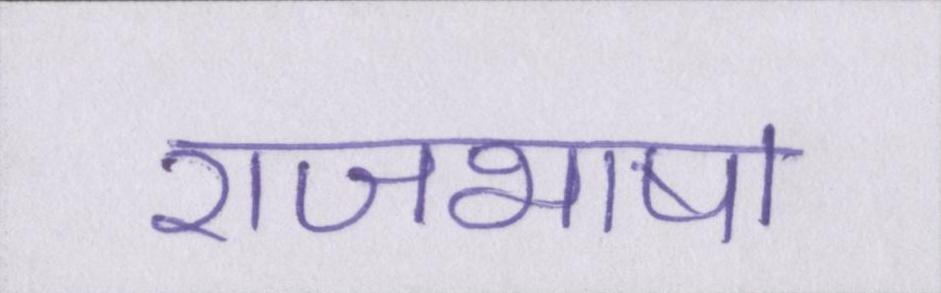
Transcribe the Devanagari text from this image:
राजभाषा